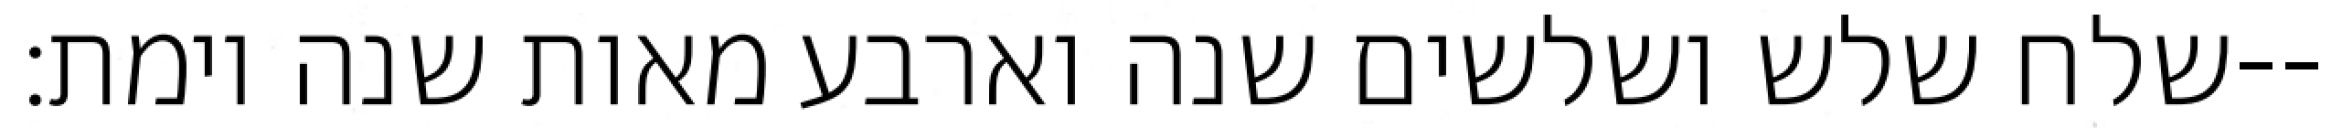
שלח שלש ושלשים שנה וארבע מאות שנה וימת׃--